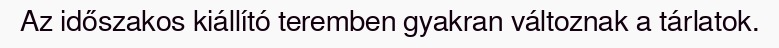
Az időszakos kiállító teremben gyakran változnak a tárlatok.